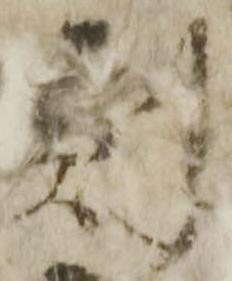
刻